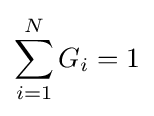
\sum _{i=1}^{N}G_{i}=1